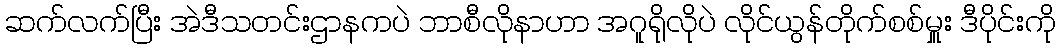
ဆက်လက်ပြီး အဲဒီသတင်းဌာနကပဲ ဘာစီလိုနာဟာ အဂူရိုလိုပဲ လိုင်ယွန်တိုက်စစ်မှူး ဒီပိုင်းကို